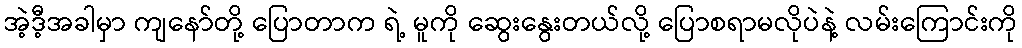
အဲ့ဒီ့အခါမှာ ကျနော်တို့ ပြောတာက ရဲ့ မူကို ဆွေးနွေးတယ်လို့ ပြောစရာမလိုပဲနဲ့ လမ်းကြောင်းကို